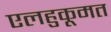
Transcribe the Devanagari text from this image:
एलहुकूमत